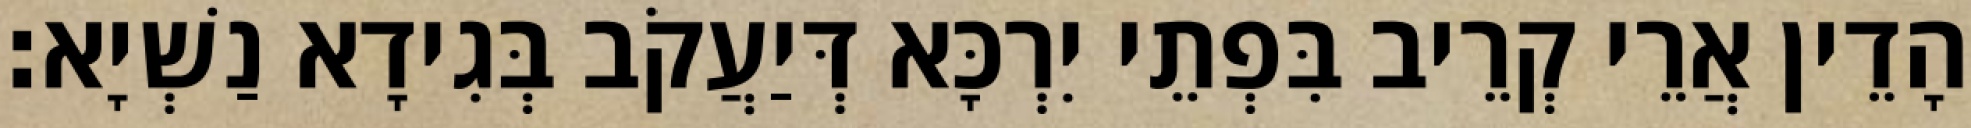
הָדֵין אֲרֵי קְרֵיב בִּפְתֵי יִרְכָּא דְּיַעֲקֹב בְּגִידָא נַשְׁיָא׃